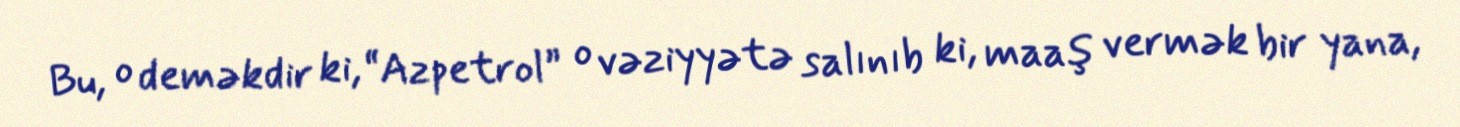
Bu, o deməkdir ki, “Azpetrol” o vəziyyətə salınıb ki, maaş vermək bir yana,